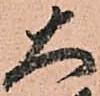
大